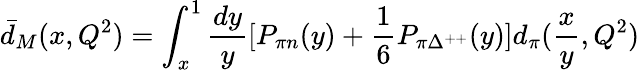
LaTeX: \bar{d}_{M}(x,Q^{2})=\int_{x}^{1}\frac{dy}{y}[P_{\pi n}(y)+\frac{1}{6}P_{\pi\Delta^{++}}(y)]d_{\pi}(\frac{x}{y},Q^{2})